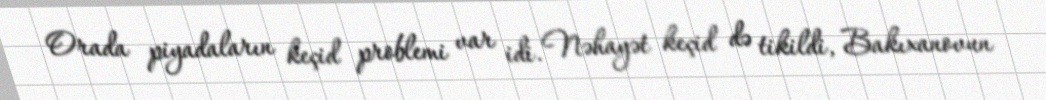
Orada piyadaların keçid problemi var idi. Nəhayət keçid də tikildi, Bakıxanovun